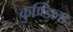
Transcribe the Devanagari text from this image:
कुण्डिला